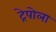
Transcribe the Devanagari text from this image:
ट्रेपोला